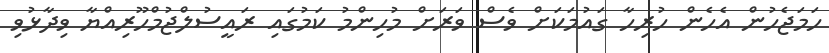
ހަމަޖެހުން އެހެން ހުރިހާ ގައުމަކަށް ވެސް ވަރަށް މުހިންމު ކަމުގައި ރައީސުލްޖުމްހޫރިއްޔާ ވިދާޅުވި